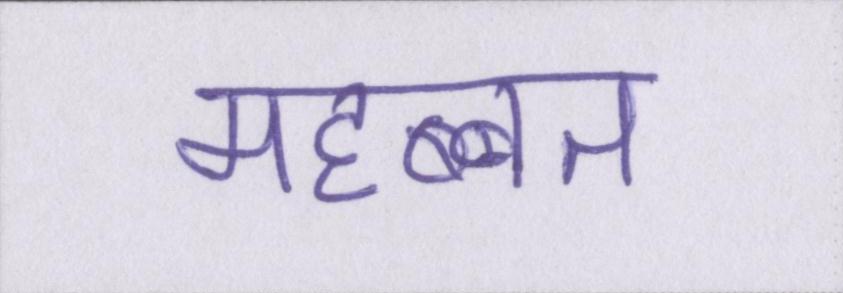
महब्बत